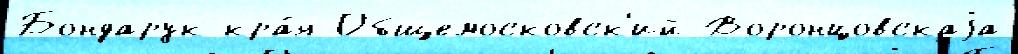
Бондарук кра́я Общемосковск'ий Воронцовскаjа